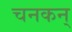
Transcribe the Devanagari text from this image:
चनकन्